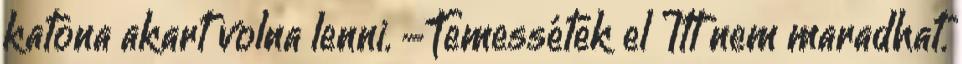
katona akart volna lenni. -Temessétek el Itt nem maradhat.